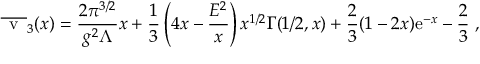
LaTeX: \overline { { { \mathrm { \Large ~ v ~ } } } } _ { 3 } ( x ) = { \frac { 2 \pi ^ { 3 / 2 } } { g ^ { 2 } \Lambda } } x + { \frac { 1 } { 3 } } \left( 4 x - { \frac { { \cal E } ^ { 2 } } { x } } \right) x ^ { 1 / 2 } { \mit \Gamma } ( 1 / 2 , x ) + { \frac { 2 } { 3 } } ( 1 - 2 x ) { \mathrm e } ^ { - x } - { \frac { 2 } { 3 } } \ ,